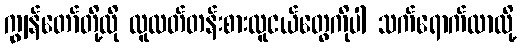
ကျွန်တော်တို့လို လူလတ်တန်းစားလူငယ်တွေကိုပါ သက်ရောက်လာလို့